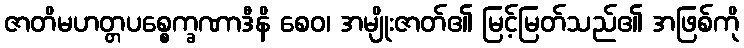
ဇာတိမဟတ္တပစ္စေက္ခဏာဒီနိ စေဝ၊ အမျိုးဇာတ်၏ မြင့်မြတ်သည်၏ အဖြစ်ကို